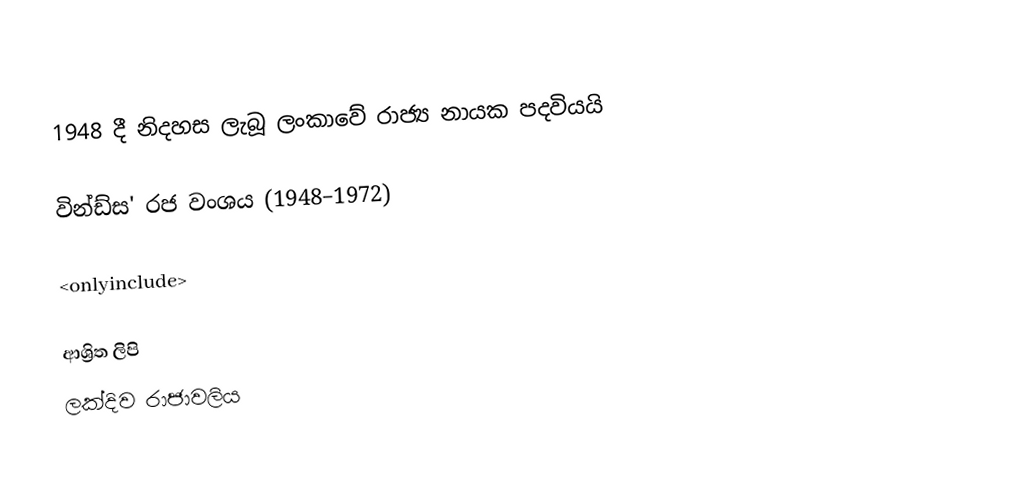
1948 දී නිදහස ලැබූ ලංකාවේ රාජ්‍ය නායක පදවියයි

වින්ඩ්ස' රජ වංශය (1948–1972)

<onlyinclude>

ආශ්‍රිත ලිපි
 ලක්දිව රාජාවලිය